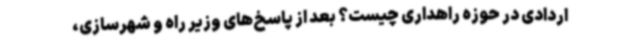
اردادی در حوزه راهداری چیست؟ بعد از پاسخ‌های وزیر راه و شهرسازی،